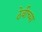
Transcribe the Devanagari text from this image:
ठेवीच्या